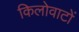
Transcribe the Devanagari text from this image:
किलोवाटों